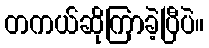
တကယ်ဆိုကြာခဲ့ပြီပဲ။